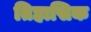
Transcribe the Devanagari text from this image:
तिहासिक